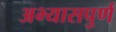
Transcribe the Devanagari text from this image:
अभ्यासपुर्ण